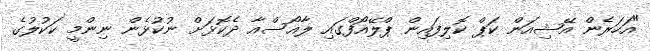
"އަހަރެން އޭޝިއަން ކަޕް ކޮލިފައިން ޕްލޭއޯފްގައި ލާއޯސްއާ ދެކޮޅަށް ނުކުޅެން ނިންމީ ކަކުލުގެ